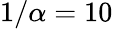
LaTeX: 1/\alpha=10